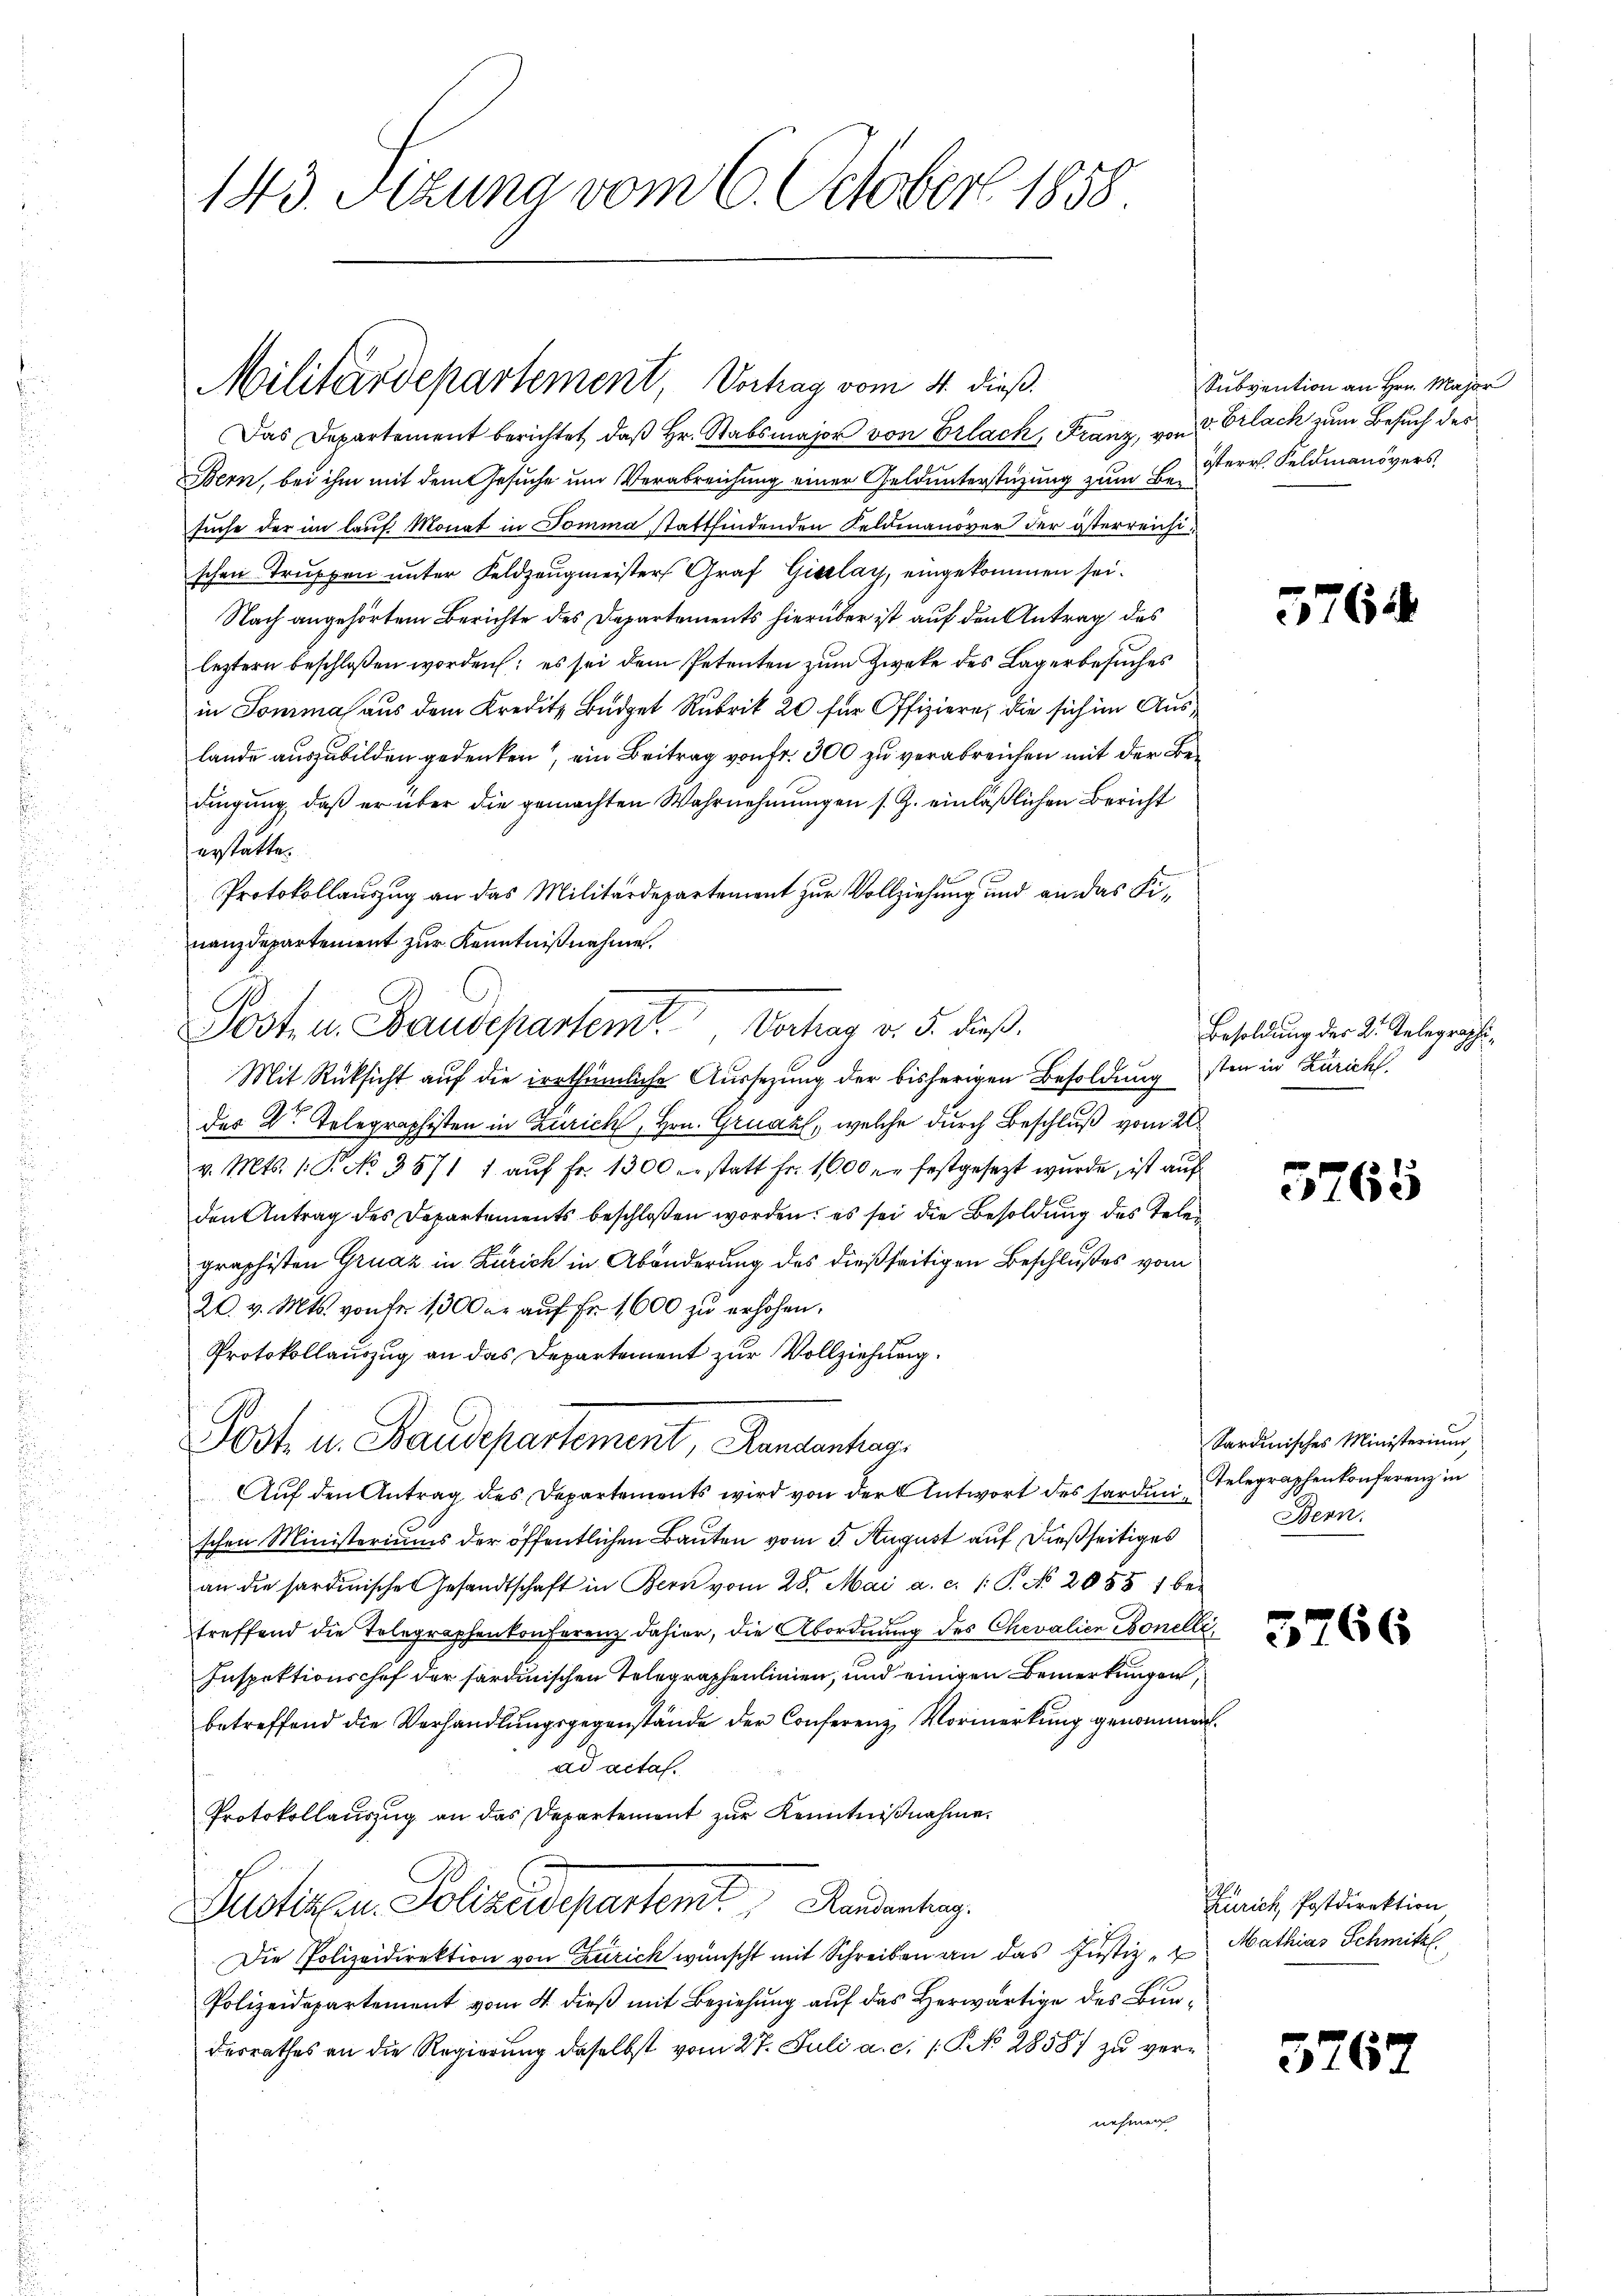
143. Fezung vom 6. October 1858.

Militärdepartement, Vorhag vom 4. dieß.

Das Departement berichtet, daβ hr. Stabsmajor von Erlach, Franz, von d. Erlack zum Besuch des
Bern, bei ihm mit dem Gesuche um Verabreichung einer Geldunterstüzung zum Beder Feldmanövers
suche der im lauf Monat in Somma stattfindenden Feldmanöver der österreichischen Truppen unter Feldzaugmeisters Graf Giselay, eingekommen sei.
Nach angehörtem Berichte des Departements hierüber ist auf den Antrag des
leztern beschloßen worden; es sei dem Petenten zum Zwecke des Lagerbesuches
in Somma aus dem Kreditz Budget Rubrik 20 für Offiziere, die sich im Auslande auszubilden gedenken, ein Beitrag von Fr. 300 zu verabreichen mit der Bedingung, daß er über die gemachten Wahrnehmungen s. Z. einläßlichen Bericht
erstatte.
Protokollauszug an das Militärdepartement zur Vollziehung und an das Finanzdepartement zur Kenntnißnahme.
Mit Rücksicht auf die irrthümliche Aussezung der bisherigen Besoldung sten in Zürich
des Dr. Telegraphisten in Zürich, Hrn. Graz, welche durch Beschluß vom 20
v. Mts. 1. P. No. 3571 1. aŭf Fr. 1300 erstatt Fr. 16000 l. festgesezt wurde, ist auf
den Antrag des Departements beschloßen worden; es sei die Besoldung des Telegraphisten Gruaz in Zürich in Abänderung des dießseitigen Beschlußes vom
20. v. Mts. von fr. 1300 er aŭf Fr. 1600 zu erhöhen.
Protokollauszug an das Departement zur Vollziehung.
Post u. Staudepartement, Randanterg
Aŭf den Antrag des Departements wird von der Antwort des Harden Telegraphenkonferenz in
schen Ministeriums der öffentlichen Bauten vom 5. August auf dießseitiges
an die sardinischen Gesandtschaft in Bern vom 28. Mai a. c. (T. No 20551 bei
treffend die Telegraphenkonferenz dahier, die Abordnung des Chevalien Bonelli¬
Inspektionschef der sardinischen Telegraphenlinien, und einigen Bemerkungen,
betreffend die Verhandlungsgegenstände der Conferenz Vormerkung genommen.
ad acta.
Protokollauszug an das Departement zur Kenntnißnahme.
Ludiren Polizeideparten Raumentag
Die Polizeidirektion von Zürich wünscht mit Schreiben an das Justiz - Mathias Schmittl
Polizeidepartement vom 4. dieß mit Beziehung auf das Herwärtige des Bundesrathes an die Regierŭng daselbst vom 27. Juli a. c. 1. No 2858 zŭ vernehmen

Post- u. Baudepartemt. Vortrag v. 5. dieß¬

Subvention an Hrn. Major

576

Besoldung der Dr. Telegraphi

5265

Sardinisches Ministerium
Bern.

5766

Zürich Postdirektion

3767